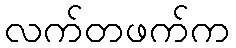
လက်တဖက်က